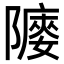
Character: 䧪